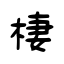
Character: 棲